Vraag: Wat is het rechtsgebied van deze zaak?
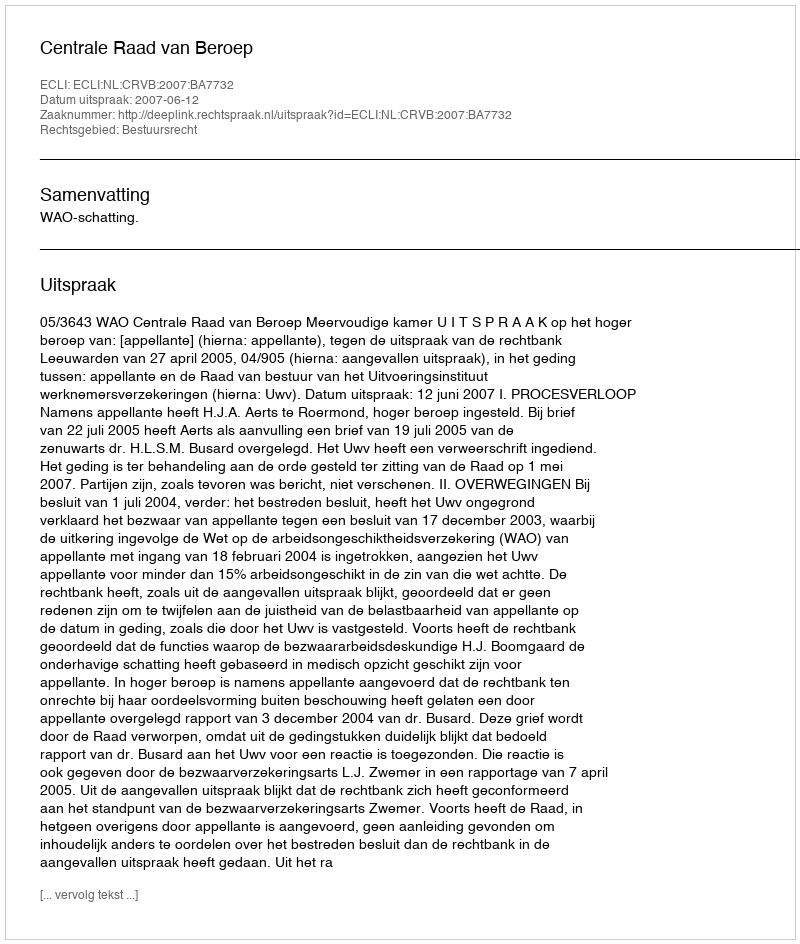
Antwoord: Bestuursrecht